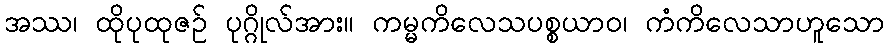
အဿ၊ ထိုပုထုဇဉ် ပုဂ္ဂိုလ်အား။ ကမ္မကိလေသပစ္စယာဝ၊ ကံကိလေသာဟူသော